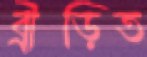
ব্রীড়িত